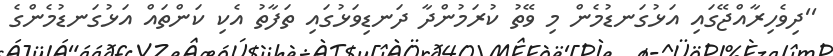
''ދިވެހިރާއްޖޭގައި އަޅުގަނޑުމެން މި ވޭތު ކުރަމުންދާ ދަނޑިވަޅުގައި ތަފާތު އެކި ކަންތައް އަޅުގަނޑުމެންގެ